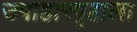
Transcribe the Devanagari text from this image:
उपाहारगृहाला